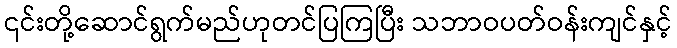
၎င်းတို့ဆောင်ရွက်မည်ဟုတင်ပြကြပြီး သဘာဝပတ်ဝန်းကျင်နှင့်